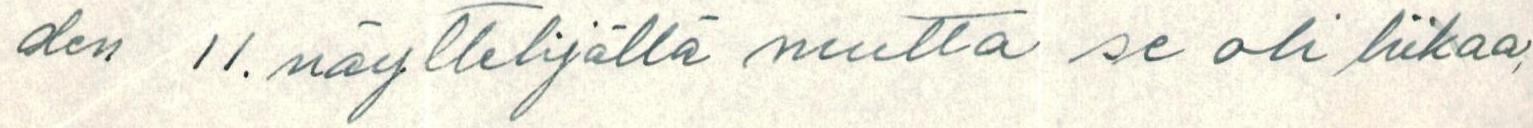
den 11. näyttelijällä mutta se oli liikaa,